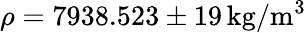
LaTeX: \rho=7938.523\pm 19\, \mathrm{kg/m^{3}}